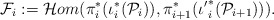
\begin{align*}\mathcal{F}_i := \mathcal{H}om(\pi^*_i(\iota^*_i(\mathcal{P}_i)), \pi^*_{i+1}({\iota'}^*_i (\mathcal{P}_{i+1}))).\end{align*}